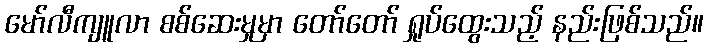
မော်လီကျူလာ စစ်ဆေးမှုမှာ တော်တော် ရှုပ်ထွေးသည့် နည်းဖြစ်သည်။